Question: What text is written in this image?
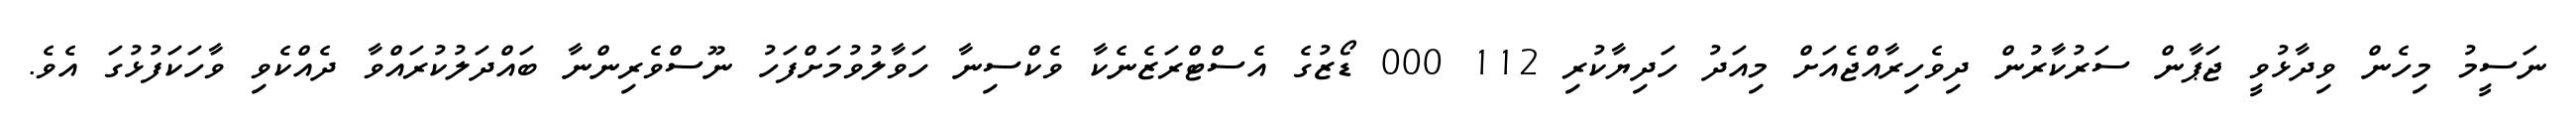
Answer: ނަސީމު މިހެން ވިދާޅުވީ ޖަޕާން ސަރުކާރުން ދިވެހިރާއްޖެއަށް މިއަދު ހަދިޔާކުރި 112 000 ޑޯޒުގެ އެސްޓްރަޒެނެކާ ވެކްސިނާ ހަވާލުވުމަށްފަހު ނޫސްވެރިންނާ ބައްދަލުކުރައްވާ ދެއްކެވި ވާހަކަފުޅުގަ އެވެ.